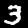
Label: 3